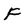
Character: F